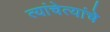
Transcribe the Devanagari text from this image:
त्यांचेत्यांचे